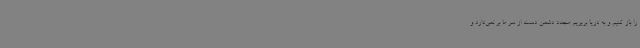
را باز کنیم و به دریا بریزیم مجدد دشمن دست از سر ما بر نمی‌دارد و